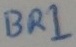
Text: BR1